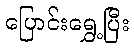
ပြောင်းရွှေ့ပြီး